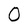
Character: O